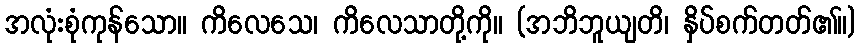
အလုံးစုံကုန်သော။ ကိလေသေ၊ ကိလေသာတို့ကို။ (အဘိဘူယျတိ၊ နှိပ်စက်တတ်၏။)